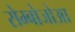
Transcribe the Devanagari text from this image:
रोम्बोजोआ